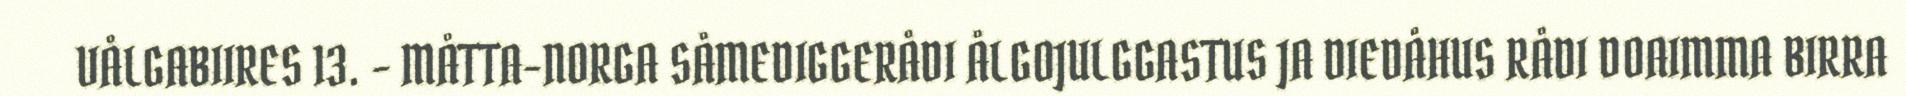
VÅLGABIIRES 13. - MÅTTA-NORGA SÅMEDIGGERÅDI ÅLGOJULGGASTUS JA DIEDÅHUS RÅDI DOAIMMA BIRRA